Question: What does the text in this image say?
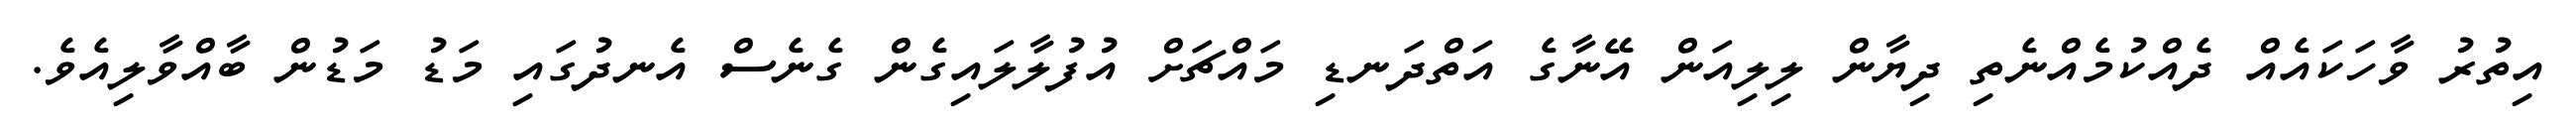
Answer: އިތުރު ވާހަކައެއް ދެއްކުމެއްނެތި ދިޔާން ލިލިއަން އޭނާގެ އަތްދަނޑި މައްޗަށް އުފުލާލައިގެން ގެނެސް އެނދުގައި މަޑު މަޑުން ބާއްވާލިއެވެ.